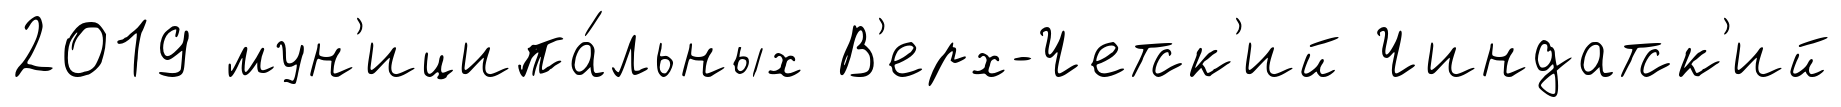
2019 мун'иципа́льных В'ерх-Четск'ий Чиндатск'ий